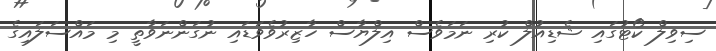
ސިވިލް ކޯޓުގައި ޝެޑިއުލް ކުރި ނަމަވެސް އިލްޔާސް ހާޒިރުވެވަޑައި ނުގަންނަވާތީ މި މައްސަލައިގެ